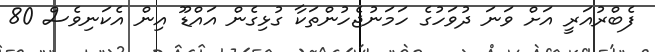
ފެބްރުއަރީ އަށް ވަނަ ދުވަހުގެ ހަމަނުޖެހުންތަކާ ގުޅިިގެން އައްޑޫ އިން އެކަނިވެސް 80